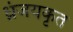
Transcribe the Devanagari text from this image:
ध्नंजयकृत